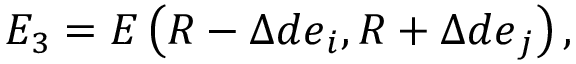
E _ { 3 } = E \left( \boldsymbol { R } - \Delta d \boldsymbol { e } _ { i } , \boldsymbol { R } + \Delta d \boldsymbol { e } _ { j } \right) ,